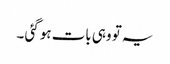
یہ تو وہی بات ہو گئی ۔